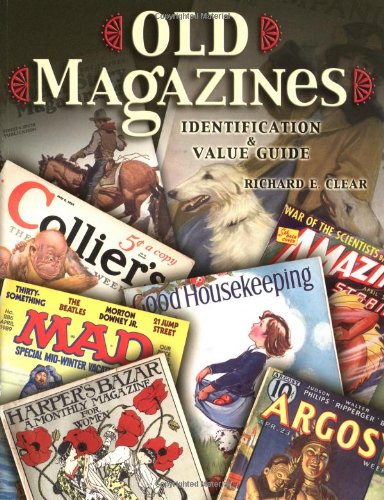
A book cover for Old Magazines: Identification & Value Guide; Richard E. Clear; Crafts, Hobbies & Home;